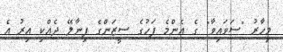
މިހާރު "ސަވައިވާ" ގެ އެންމެ ފަހުގެ ސީޒަންގެ ފިނާލޭ ދެއްކި އިރު އެ